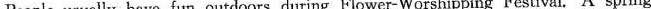
People usually have fun outdoors during Flower-Worshipping Festival. A spring